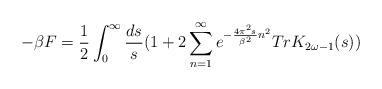
LaTeX: \begin{align*}-\beta F={1 \over 2}\int_{0}^{\infty}{ds \over s}(1+2\sum_{n=1}^{\infty}e^{-{4\pi^{2} s \over \beta^{2}} n^2} Tr K_{2\omega-1}(s))\end{align*}